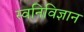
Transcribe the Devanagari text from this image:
स्वनिविज्ञान